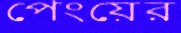
পেংয়ের